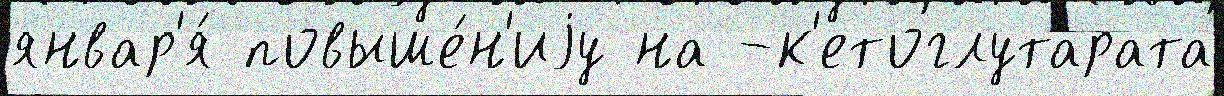
январ'я́ повыше́н'иjу на -к'етоглутарата